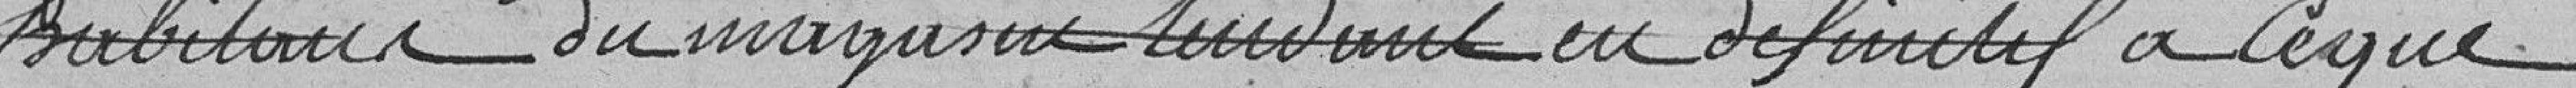
habitants du magasin rendant en définitif à ce que